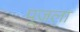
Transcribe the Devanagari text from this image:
पूजला